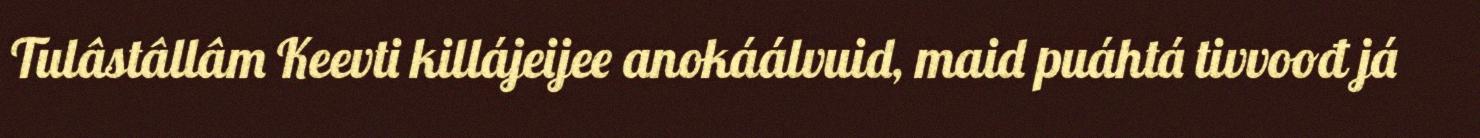
Tulâstâllâm Keevti killájeijee anokáálvuid, maid puáhtá tivvoođ já